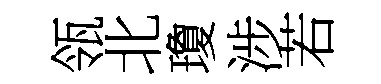
瓴北瓊涉若